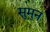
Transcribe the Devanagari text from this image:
सुमुन